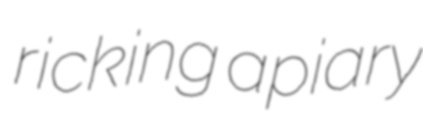
ricking apiary